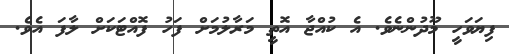
ފިޔަވަހީ މޫދުންނެވެ. އެ ކުއްޖާ އޮތީި މަރާލުމަށް ފަހު ފޮއްޓަކަށް ލާފަ އެވެ.